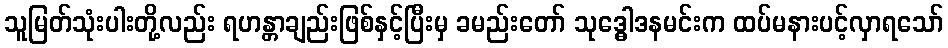
သူမြတ်သုံးပါးတို့လည်း ရဟန္တာချည်းဖြစ်နှင့်ပြီးမှ ခမည်းတော် သုဒ္ဓေါဒနမင်းက ထပ်မနားပင့်လှာရသော်